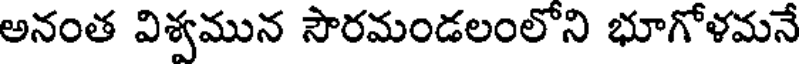
అనంత విశ్వమున సౌరమండలంలోని భూగోళమనే